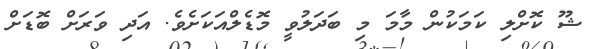
ޝޫ ކޮށްލި ކަމަކުން މާމަ މި ބަދަލުވީ މޮޑެލްއަކަށެވެ. އަދި ވަރަށް ބޮޑަށް